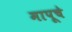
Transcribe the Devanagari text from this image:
मापूचे